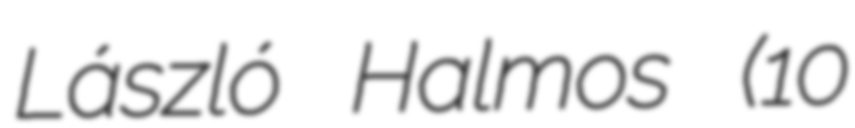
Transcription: László Halmos (10